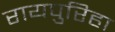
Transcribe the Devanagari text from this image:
रायपुरिहा